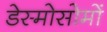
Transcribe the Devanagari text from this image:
डेस्मोसोमों